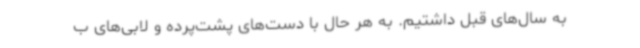
به سال‌های قبل داشتیم. به هر حال با دست‌های پشت‌پرده و لابی‌های ب